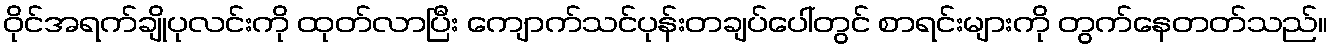
ဝိုင်အရက်ချိုပုလင်းကို ထုတ်လာပြီး ကျောက်သင်ပုန်းတချပ်ပေါ်တွင် စာရင်းများကို တွက်နေတတ်သည်။